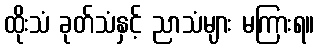
ထိုးသံ ခုတ်သံနှင့် ညာသံများ မကြားရ။